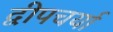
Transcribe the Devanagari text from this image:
द्वीपचर्या